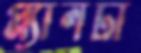
প্ল্যানটা